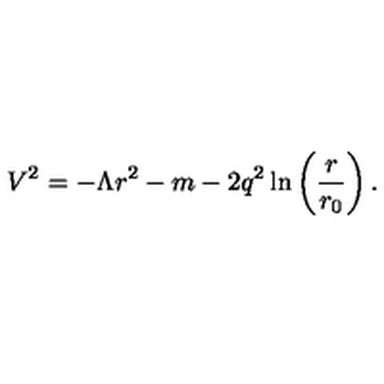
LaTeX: V ^ { 2 } = - \Lambda r ^ { 2 } - m - 2 q ^ { 2 } \ln \left( \frac { r } { r _ { 0 } } \right) .